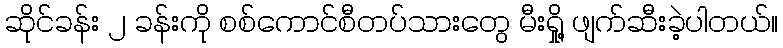
ဆိုင်ခန်း ၂ ခန်းကို စစ်ကောင်စီတပ်သားတွေ မီးရှို့ ဖျက်ဆီးခဲ့ပါတယ်။